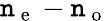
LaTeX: \mathtt{n}_{\mathrm{{~e~}}}-\mathtt{n}_{\mathrm{{~o~}}}